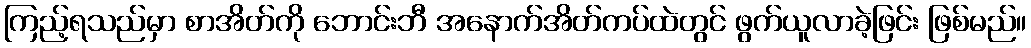
ကြည့်ရသည်မှာ စာအိတ်ကို ဘောင်းဘီ အနောက်အိတ်ကပ်ထဲတွင် ဖွက်ယူလာခဲ့ဖြင်း ဖြစ်မည်။